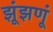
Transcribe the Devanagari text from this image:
झूंझणूं